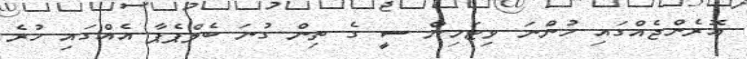
އޮރެންޖެއްގައި ހުންނަ ވިޓަމިން ސީ ގެ ތިން ގުނަ ބެލްޕެޕާ އެއްގައި ހުރެ